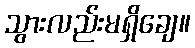
သွားလည်းမရှိချေ။